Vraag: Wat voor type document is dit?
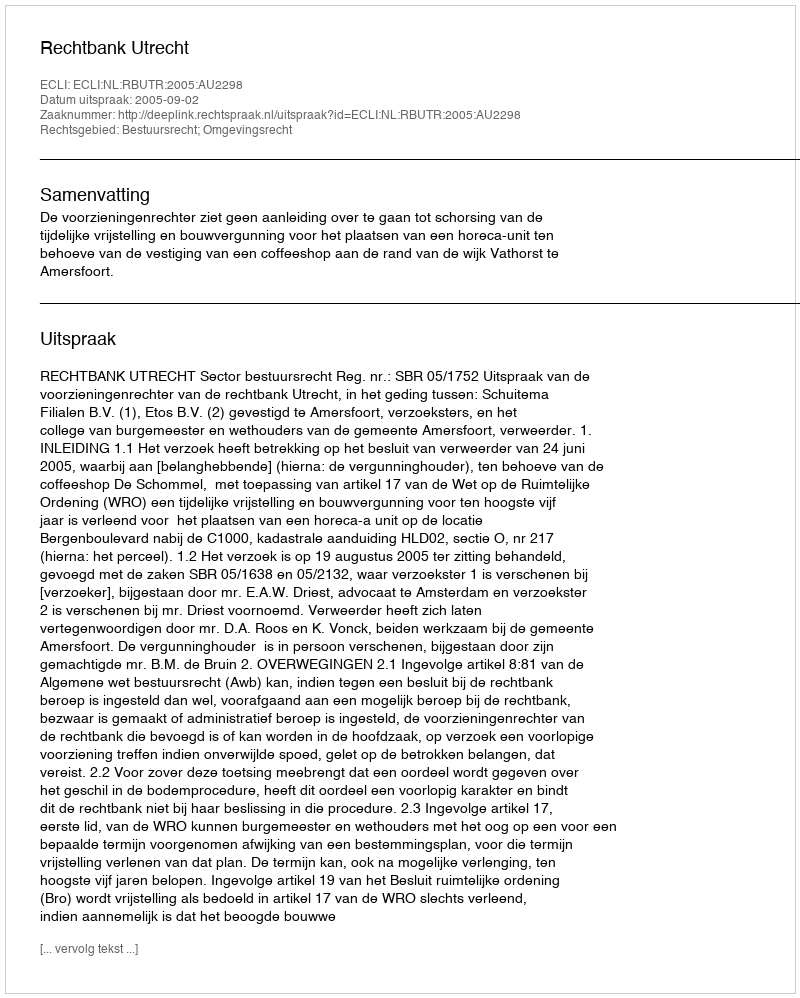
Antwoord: Uitspraak